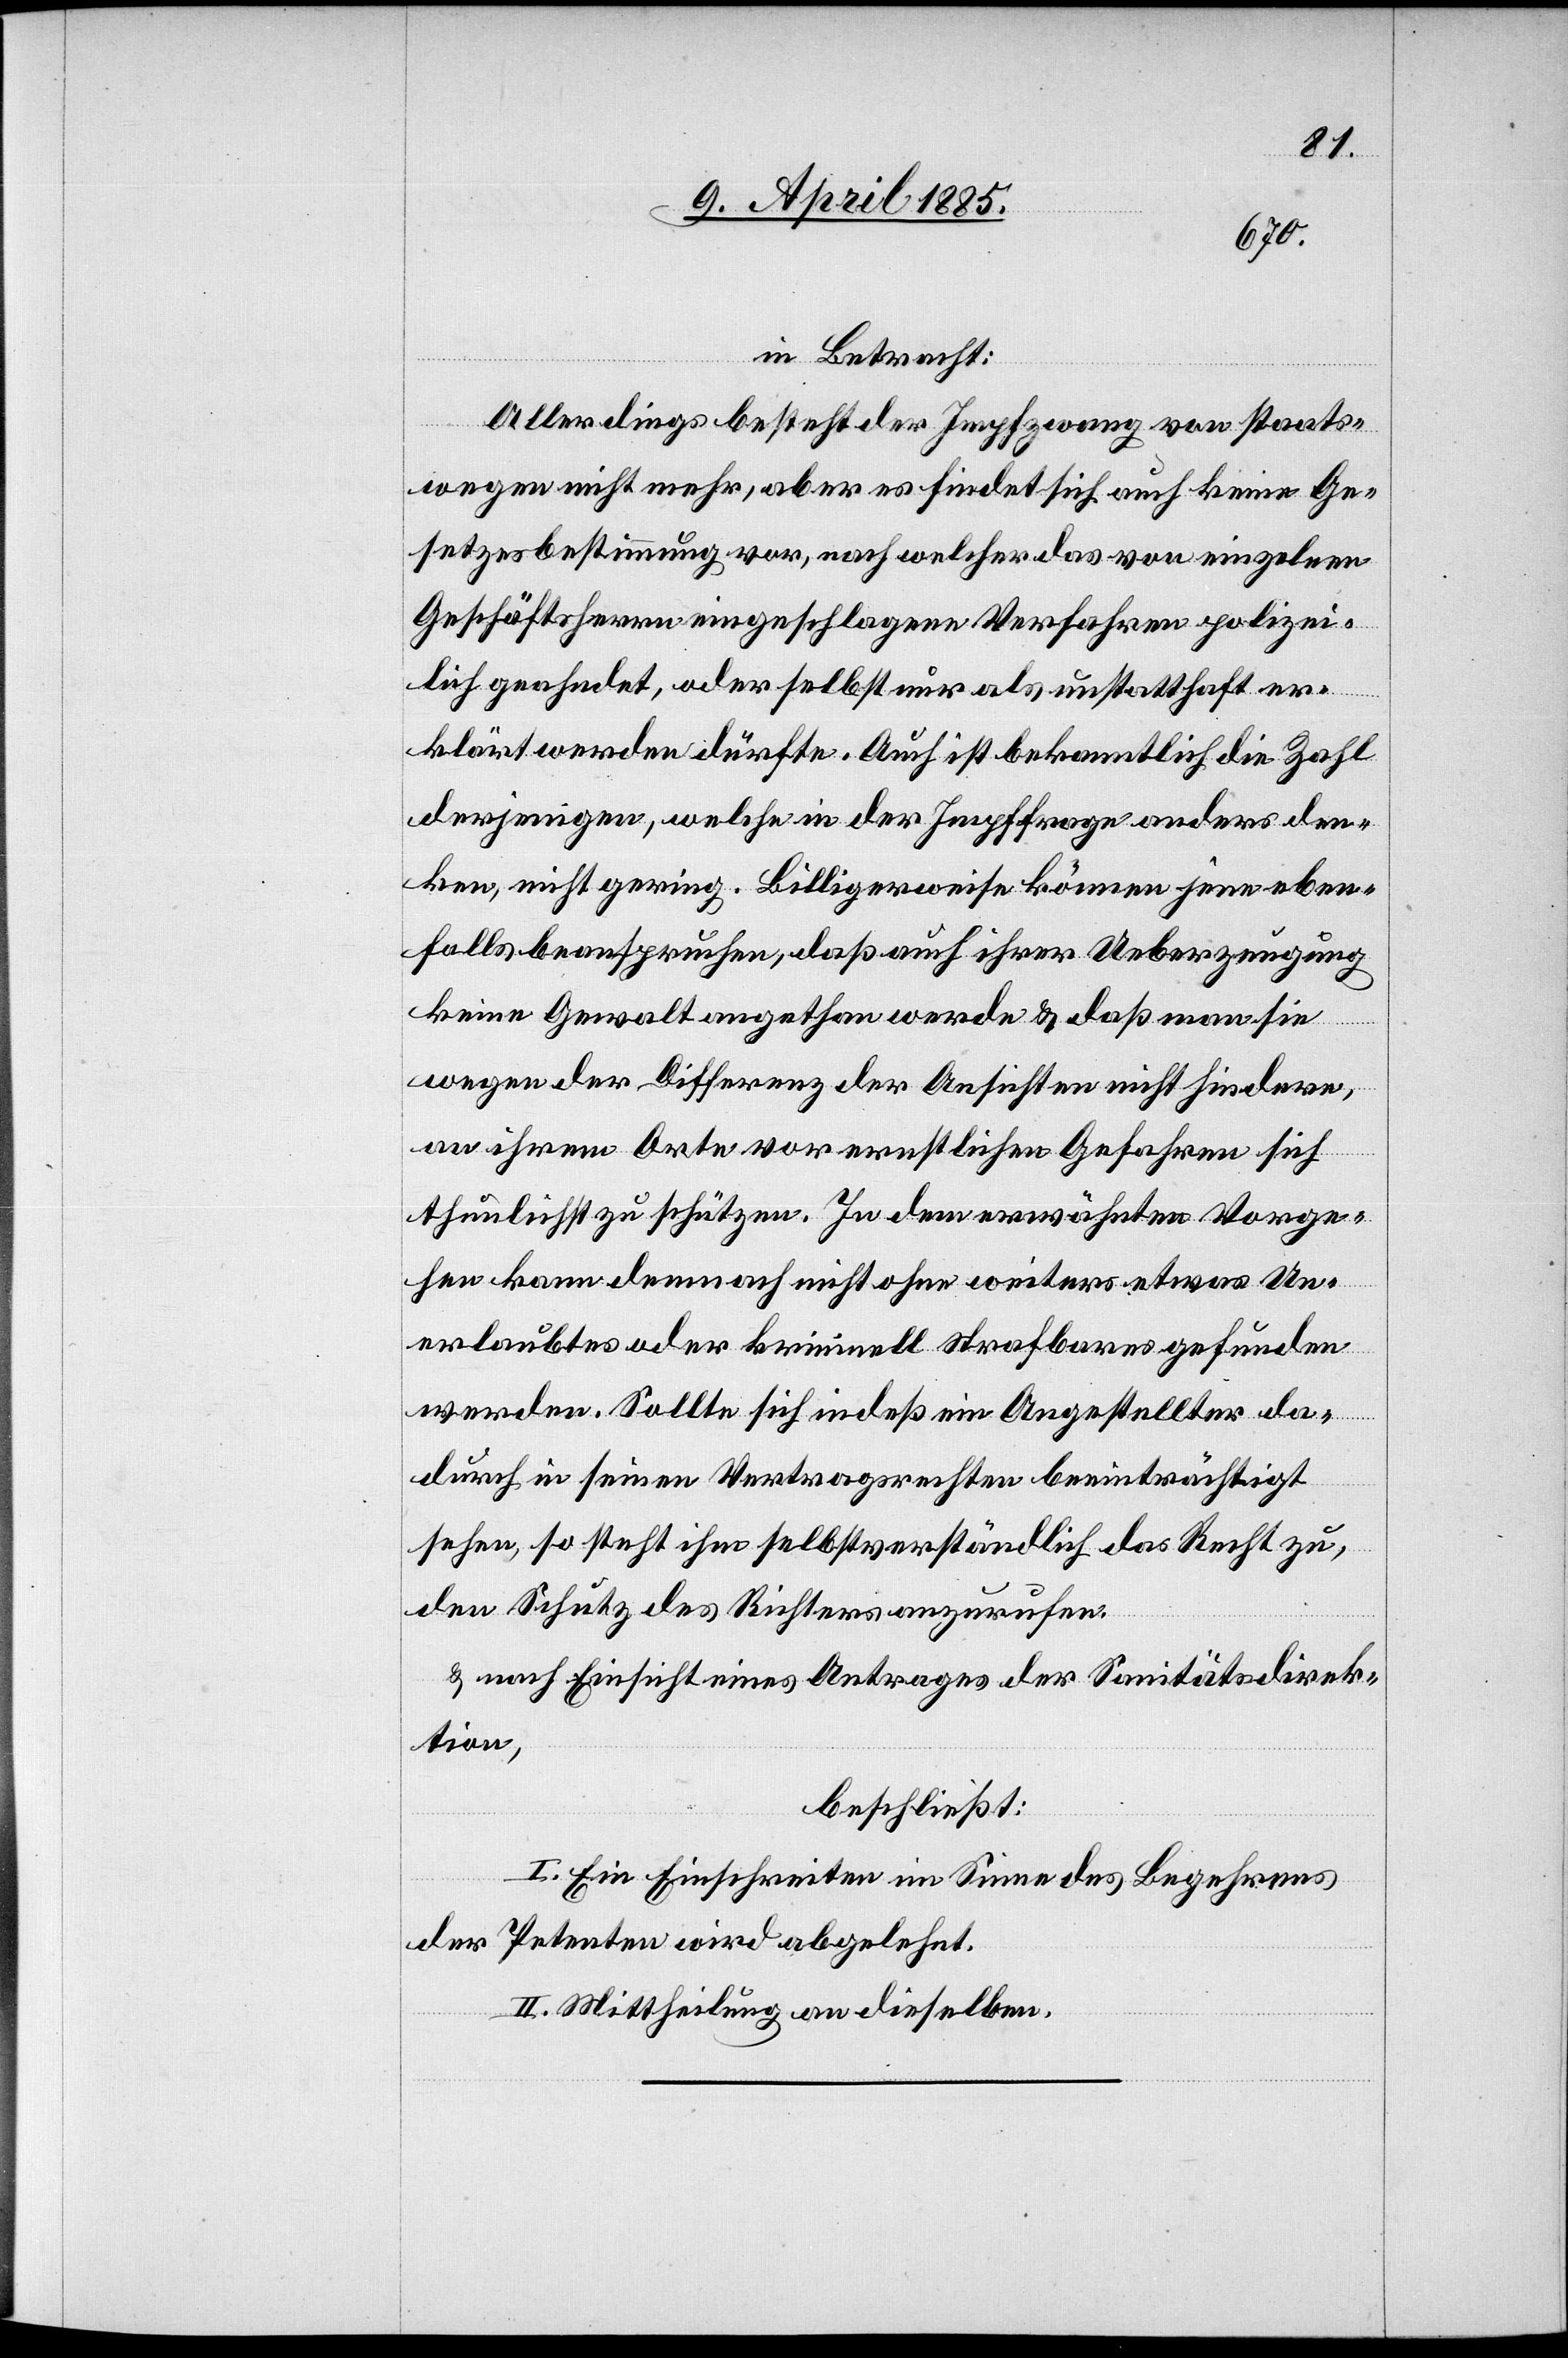
in Betracht:
Allerdings besteht der Impfzwang von staats¬
wegen nicht mehr, aber es findet sich auch keine Ge¬
setzesbestimmung vor, nach welcher das von einzelnen
Geschäftsherren eingeschlagene Verfahren polizei¬
lich geahndet, oder selbst nur als unstatthaft er¬
klärt werden dürfte. Auch ist bekanntlich die Zahl
derjenigen, welche in der Impffrage anders den¬
ken, nicht gering. Billigerweise können jene eben¬
falls beanspruchen, daß auch ihrer Ueberzeugung
keine Gewalt angethan werde & daß man sie
wegen der Differenz der Ansichten nicht hindere,
an ihrem Orte vor ernstlichen Gefahren sich
thunlichst zu schützen. In dem erwähnten Vorge¬
hen kann demnach nicht ohne weiters etwas Un¬
erlaubtes oder kriminell strafbares gefunden
werden. Sollte sich indeß ein Angestellter da¬
durch in seinen Vertragsrechten beeinträchtigt
sehen, so steht ihm selbstverständlich das Recht zu,
den Schutz des Richters anzurufen.
& nach Einsicht eines Antrages der Sanitätsdirek¬
tion,
beschließt:
I. Ein Einschreiten im Sinne des Begehrens
der Petenten wird abgelehnt.
II. Mittheilung an dieselben.